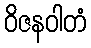
ဝိဇနဝါတံ